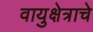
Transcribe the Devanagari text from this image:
वायुक्षेत्राचे